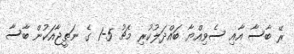
ރޭ ބާސާ އާއި ސެވިއްޔާ ބައްދަލުކުރި މެޗު 5-1 ގެ ނަތީޖާއަކުން ބާސާ